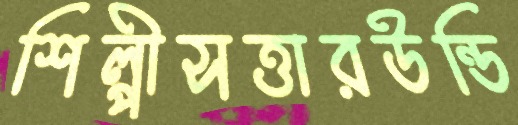
শিল্পীসত্তারউন্ডি